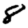
Digit: 8